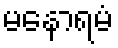
မနောရမံ